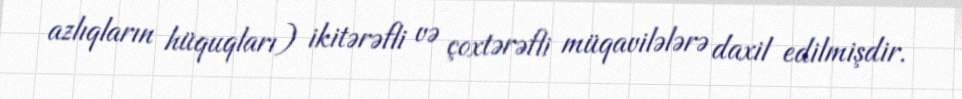
azlıqların hüquqları) ikitərəfli və çoxtərəfli müqavilələrə daxil edilmişdir.